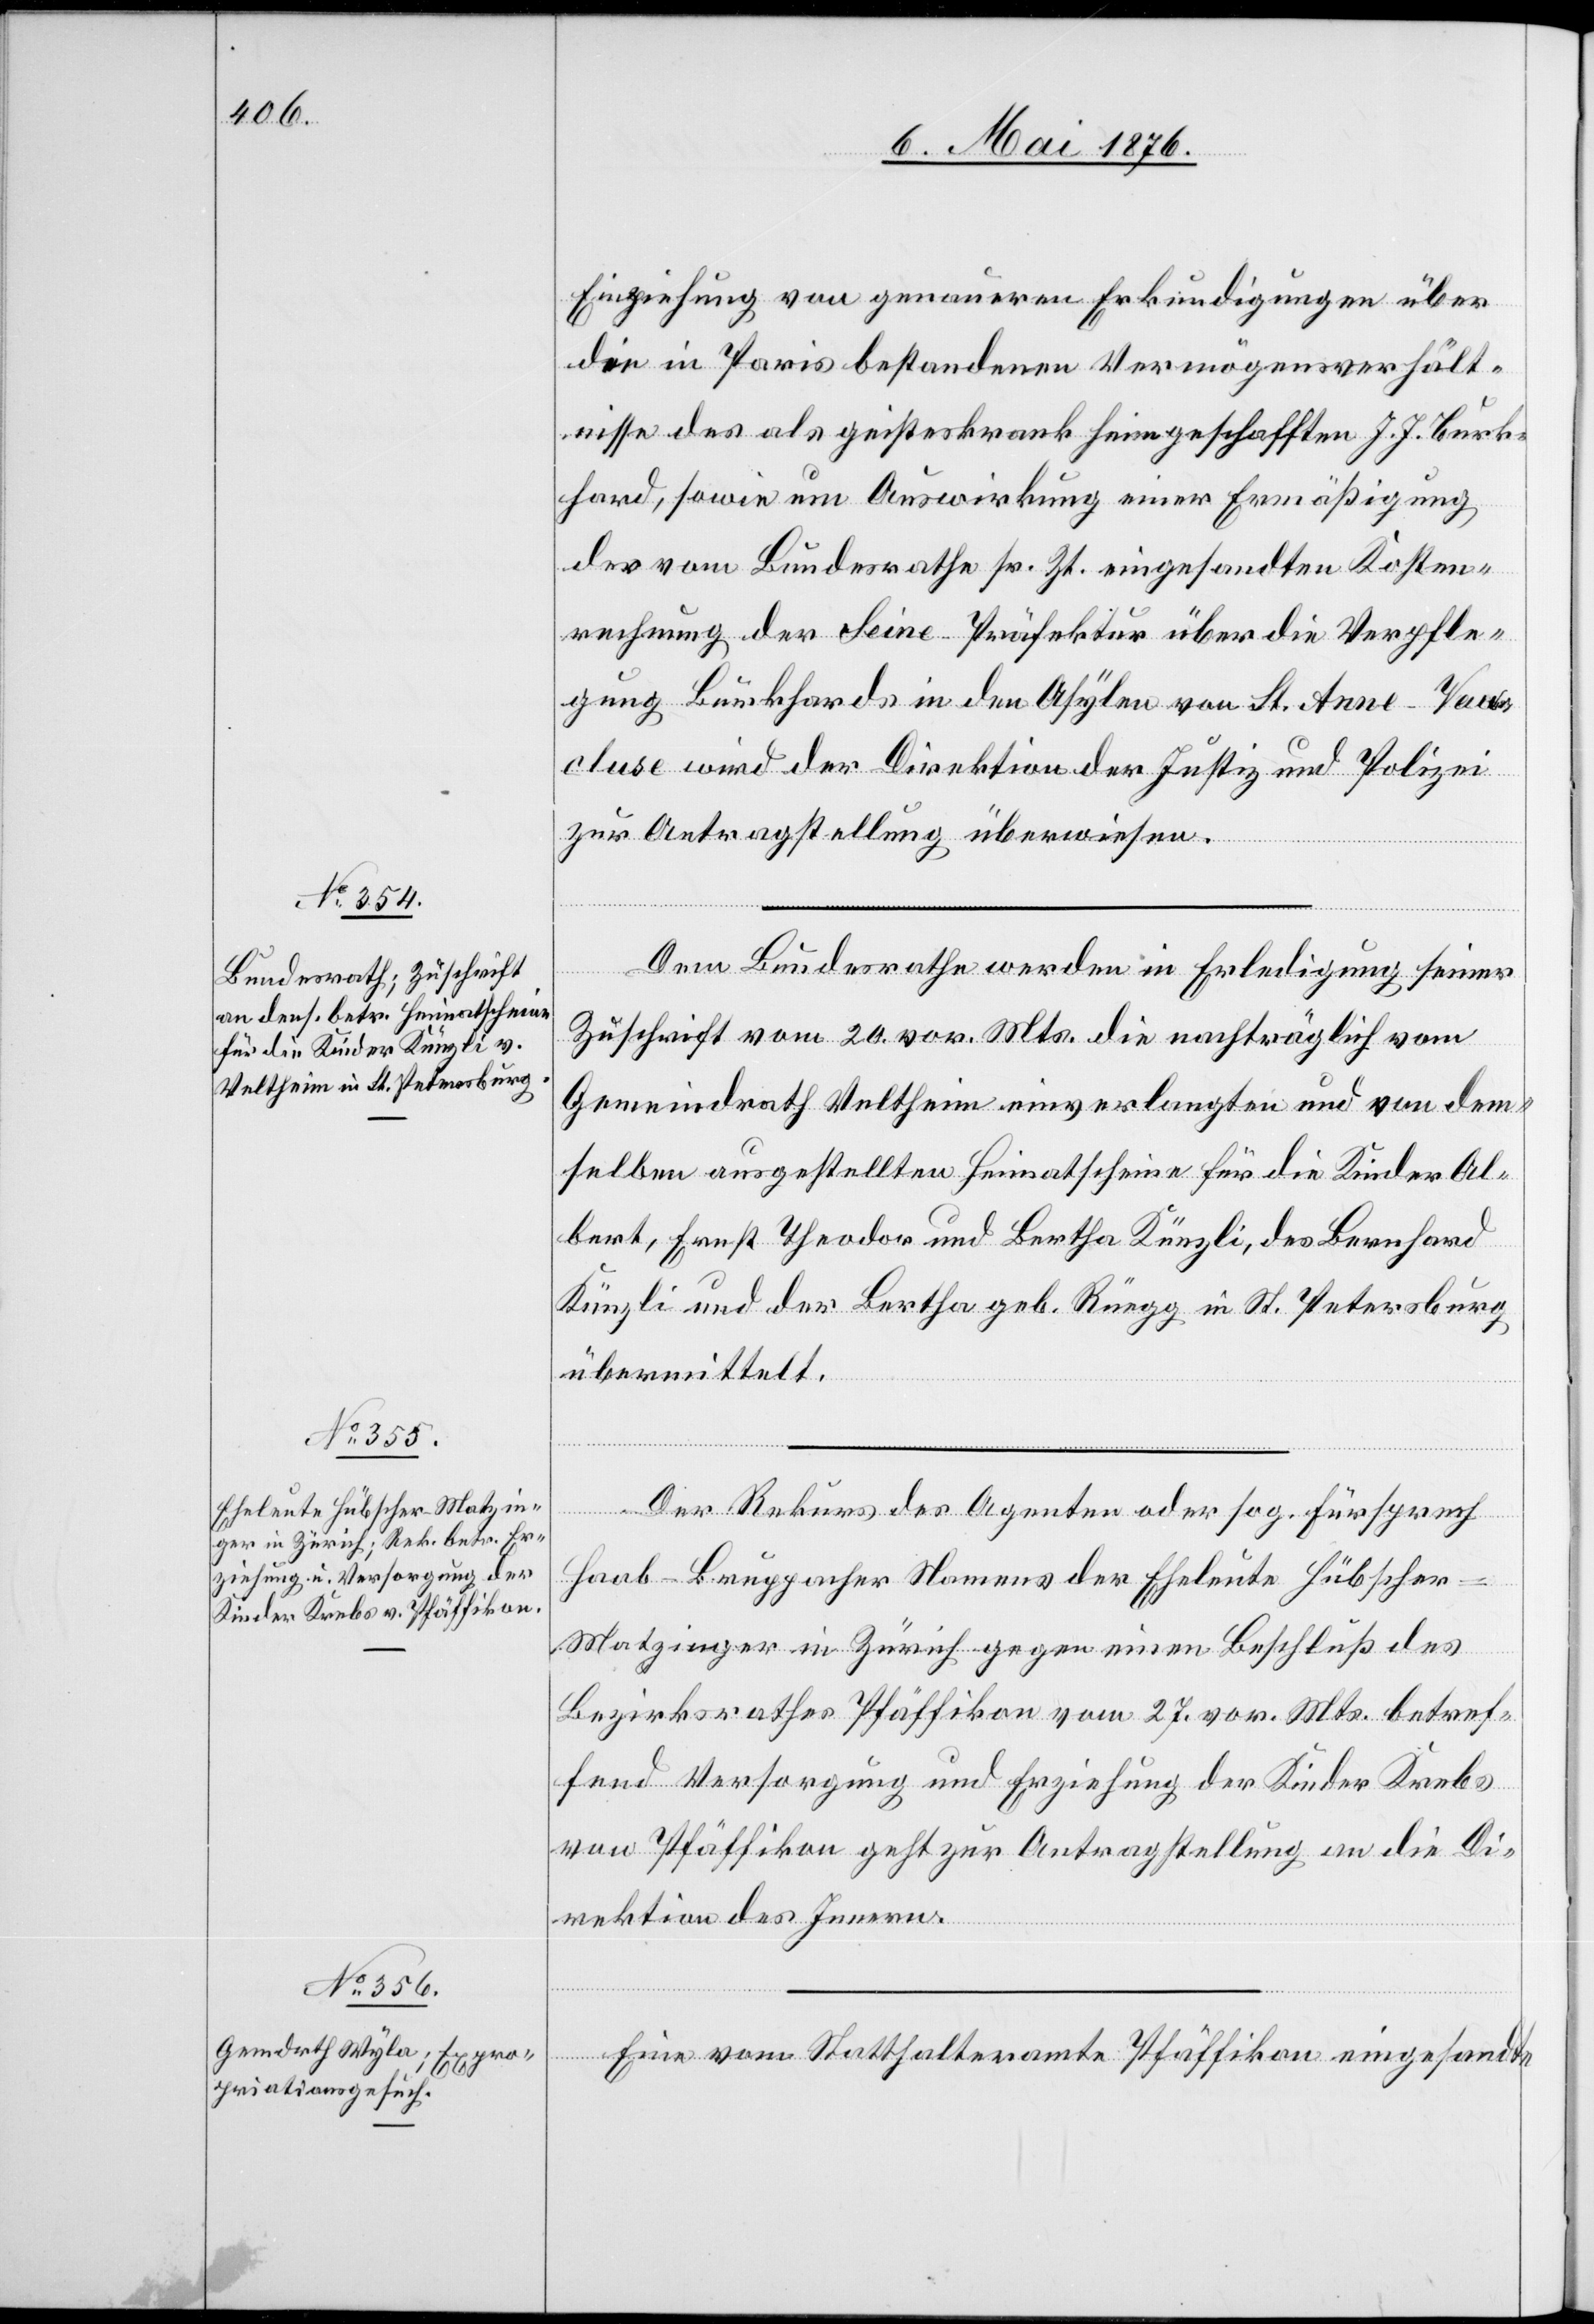
11. Mai 1876.]
Einziehung von genaueren Erkundigungen über
die in Paris bestandenen Vermögensverhält¬
nisse des als geisteskrank heimgeschafften J. J. Burk¬
hard, sowie um Auswirkung einer Ermäßigung
der vom Bundesrathe sr. Zt. eingesandten Kosten¬
rechnung der Seine-Präfektur über die Verpfle¬
gung Burkhards in den Asylen von St. Anne-Vau¬
cluse wird der Direktion der Justiz und Polizei
zur Antragstellung überwiesen.
Dem Bundesrathe werden in Erledigung seiner
Zuschrift vom 20. vor. Mts. die nachträglich vom
Gemeindrath Veltheim einverlangten und von dem¬
selben ausgestellten Heimatscheine für die Kinder Al¬
bert, Ernst Theodor und Bertha Künzli, des Bernhard
Künzli und der Bertha geb. Rüegg in St. Petersburg
übermittelt.
Der Rekurs des Agenten oder sog. Fürsprech
Haab-Bruppacher Namens der Eheleute Hübscher-M¬
atzinger in Zürich gegen einen Beschluß des
Bezirksrathes Pfäffikon vom 27. vor. Mts. betref¬
fend Versorgung und Erziehung der Kinder Krebs
von Pfäffikon geht zur Antragstellung an die Di¬
rektion des Innern.
Eine vom Statthalteramte Pfäffikon eingesandte